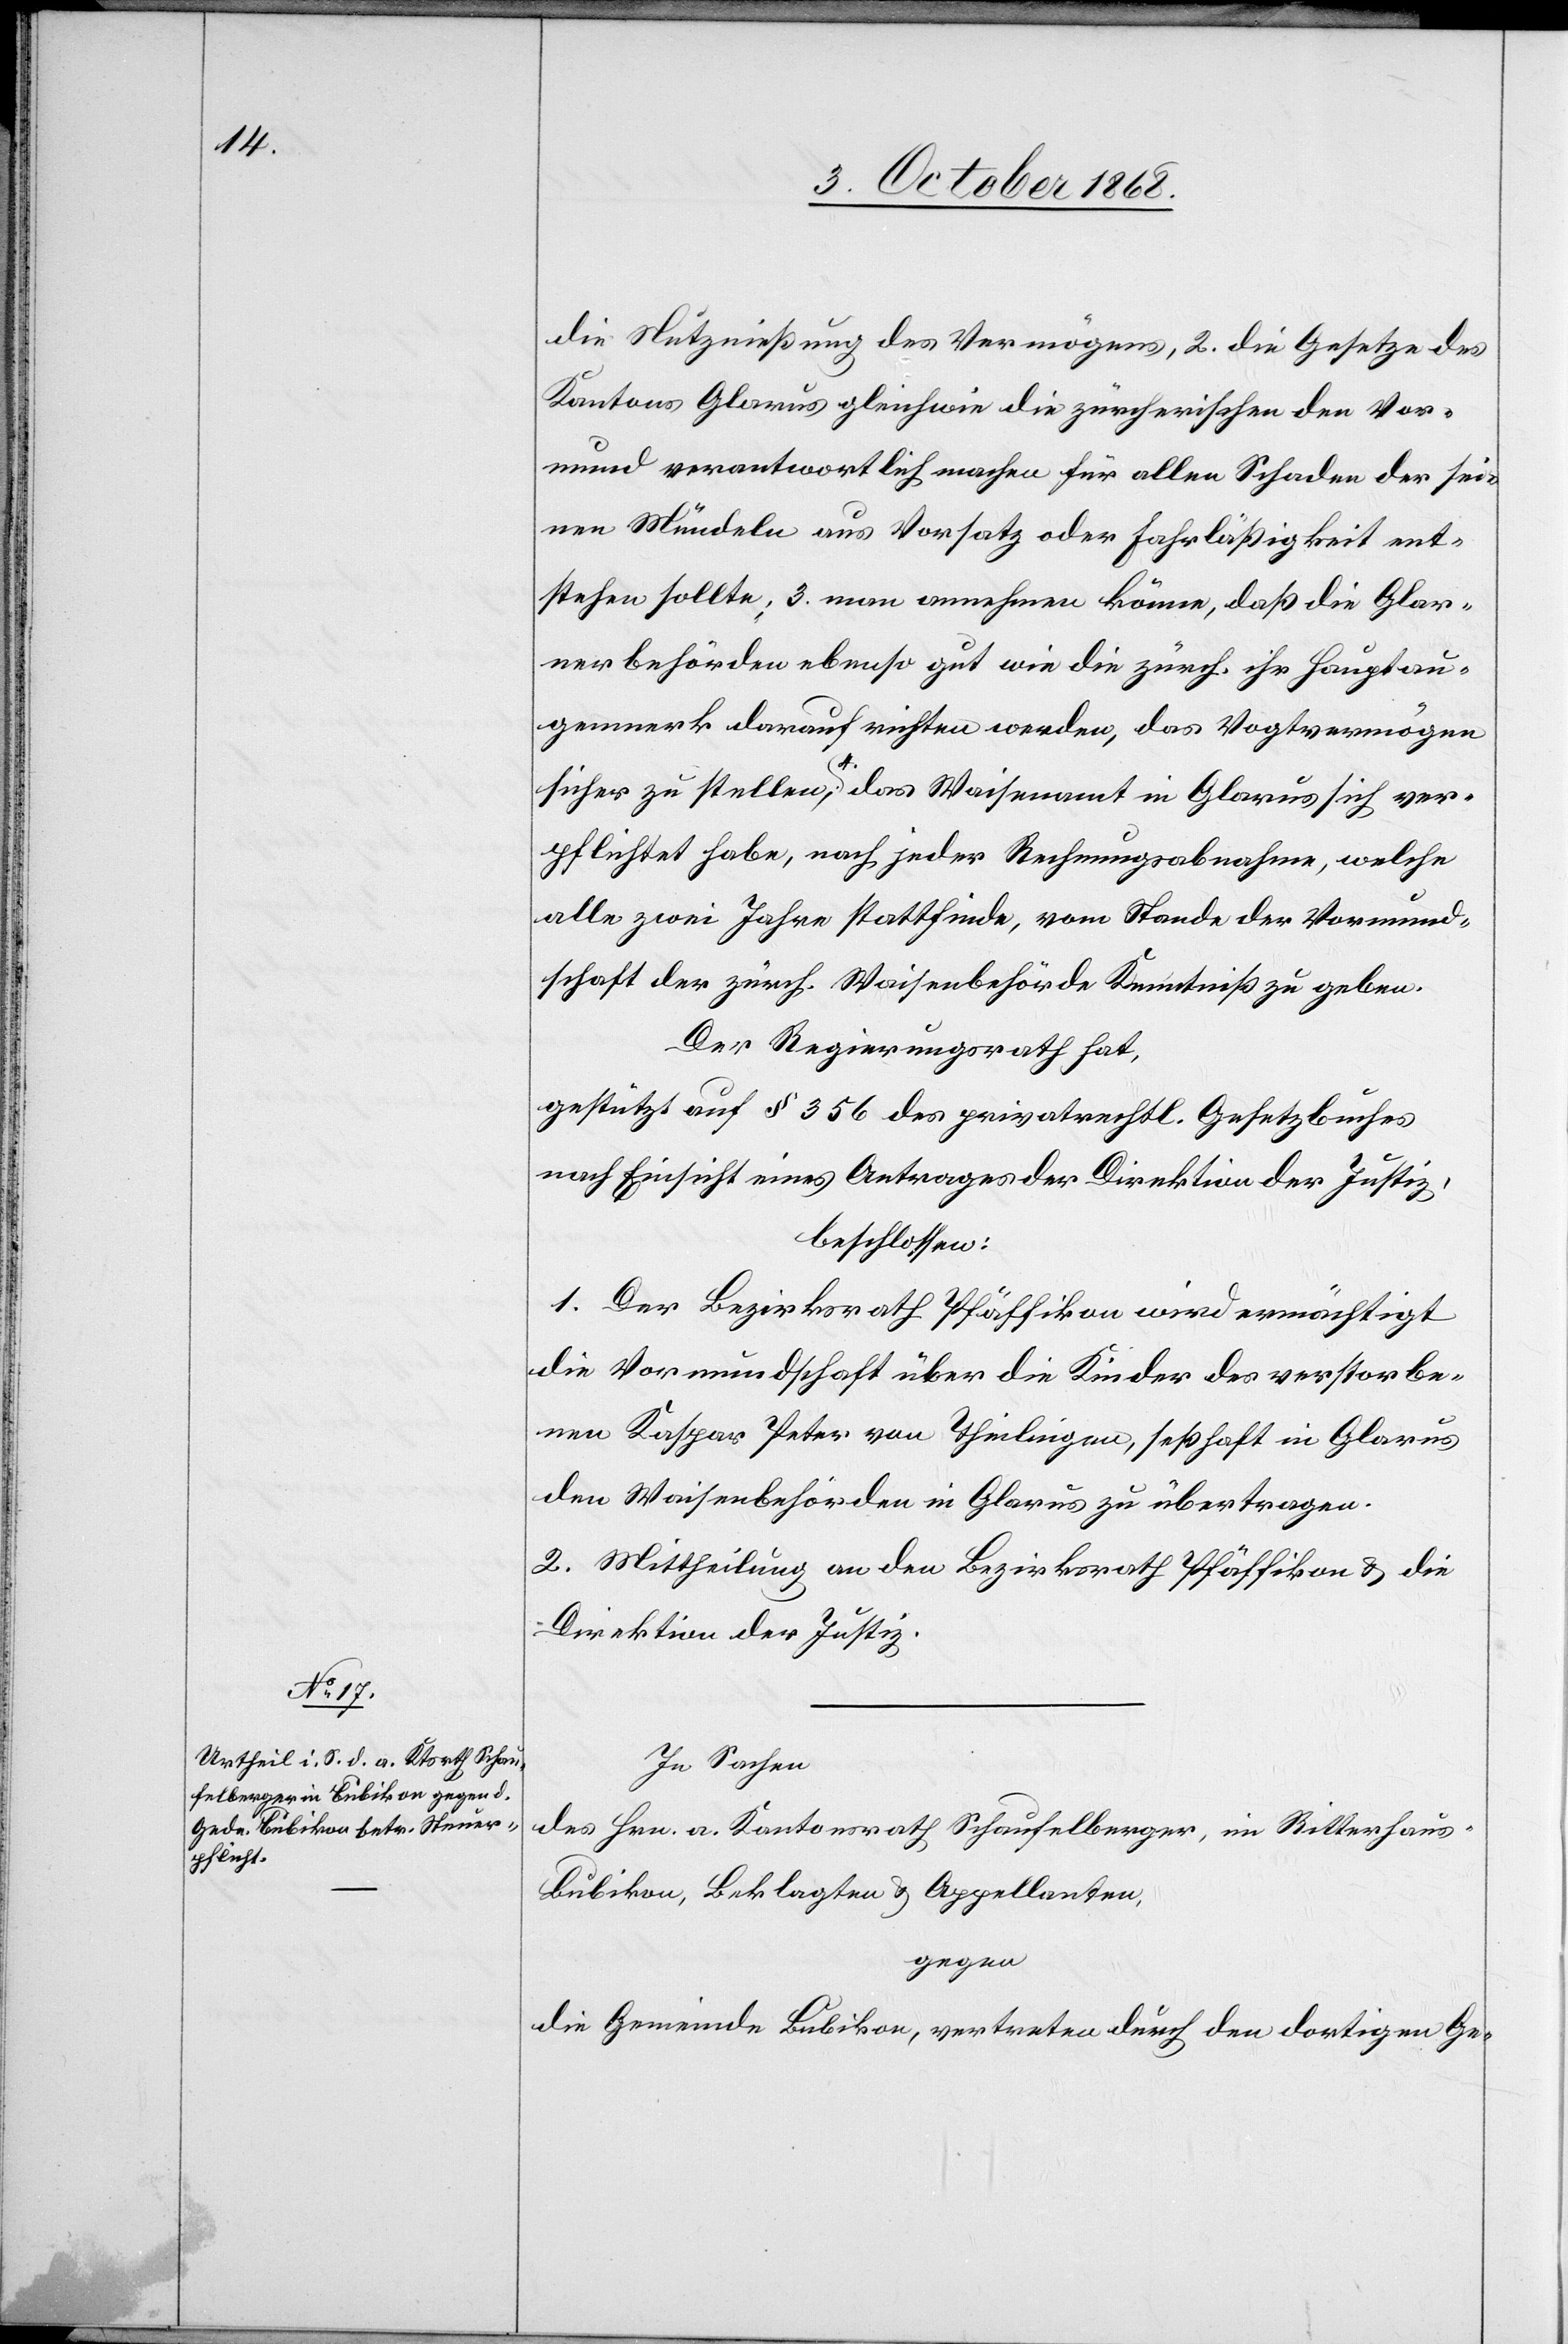
die Nutznießung des Vermögens, 2. die Gesetze des
Kantons Glarus gleichwie die zürcherischen den Vor¬
mund verantwortlich machen für allen Schaden der sei¬
nen Mündeln aus Vorsatz oder Fahrläßigkeit ent¬
stehen sollte, 3. man annehmen könne, daß die Glar¬
nerbehörden ebenso gut wie die zürch. ihr Hauptau¬
genmerk darauf richten werden, das Vogtvermögen
sicher zu stellen; 4. das Waisenamt in Glarus sich ver¬
pflichtet habe, nach jeder Rechnungsabnahme, welche
alle zwei Jahre stattfinde, vom Stande der Vormund¬
schaft der zürch. Waisenbehörde Kenntniß zu geben.
Der Regierungsrath hat,
gestützt auf § 356 des privatrechtl. Gesetzbuches
nach Einsicht eines Antrages der Direktion der Justiz,
beschlossen:
1. Der Bezirksrath Pfäffikon wird ermächtigt
die Vormundschaft über die Kinder des verstorbe¬
nen Kaspar Peter von Theilingen, seßhaft in Glarus
den Waisenbehörden in Glarus zu übertragen.
2. Mittheilung an den Bezirksrath Pfäffikon & die
Direktion der Justiz.
In Sachen
des Hrn. a. Kantonsrath Schaufelberger, im Ritterhaus -
Bubikon, Beklagten & Appellanten,
gegen
die Gemeinde Bubikon, vertreten durch den dortigen Ge-